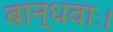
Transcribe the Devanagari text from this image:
बान्धवाः।